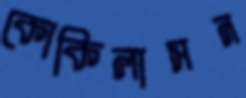
কোকিলাসন